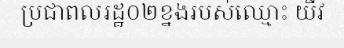
ប្រជាពលរដ្ឋ០២ខ្នងរបស់ឈ្មោះ យីវ